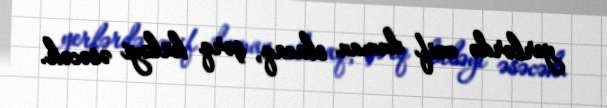
yerlərdə zəif duman olacaq, şərq küləyi əsəcək.